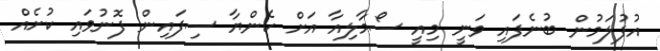
އުފުލަމުން ބުނެފައި ވަނީ މިއީ ސޯމާލިއާ އަށް ކެންޔާ ސިފައިން ފޮނުވައި ކުށެއް